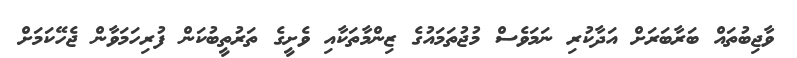
ވާޖިބުތައް ބަރާބަރަށް އަދާކުރި ނަމަވެސް މުޖުތަމައުގެ ޒިންމާތަކާއި ވެށީގެ ތަރުތީބުކަން ފުރިހަމަވާން ޖެހޭކަމަށް